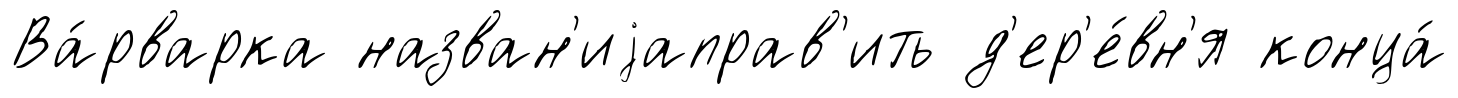
Ва́рварка назван'иjаправ'ить д'ер'е́вн'я конца́